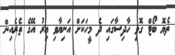
ތެޔޮ ބޯޓް ގޮވި ހާދިސާގައި ދެ މީހަކަށް އަނިޔާވި އިރު އޭގެ ތެރެއިން